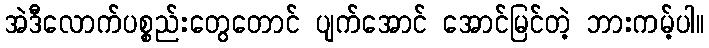
အဲဒီလောက်ပစ္စည်းတွေတောင် ပျက်အောင် အောင်မြင်တဲ့ ဘားကမ့်ပါ။